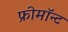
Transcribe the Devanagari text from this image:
फ्रीमॉन्‍ट